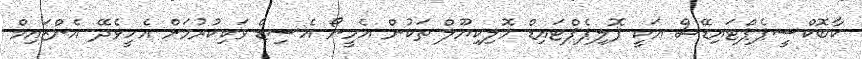
ކާބޮކްސީޕެޕްޓައިޑޭސް އަކީ ޕޮލިޕެޕްޓައިޑް މޮލިކިޔޫލް ތަކުން އެމީނޯ އެސިޑް ވަކިކުރުމަށް އެހީވެދޭ އެންޒައިމް